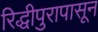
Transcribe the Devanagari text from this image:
रिद्धीपुरापासून